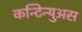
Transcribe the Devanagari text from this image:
कन्टिन्युअस